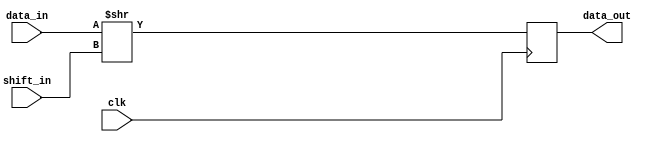

module shift_reg #(parameter DATA_WIDTH = 8)(
  input clk,
  input [DATA_WIDTH-1:0] data_in,
  input [DATA_WIDTH-1:0] shift_in,
  output reg [DATA_WIDTH-1:0] data_out
);
  always @(posedge clk) begin
    data_out <= data_in >> shift_in;
  end
endmodule